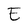
Character: E